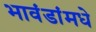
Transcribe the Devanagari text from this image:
भावंडांमधे